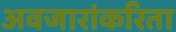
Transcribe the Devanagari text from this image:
अवजारांकरिता